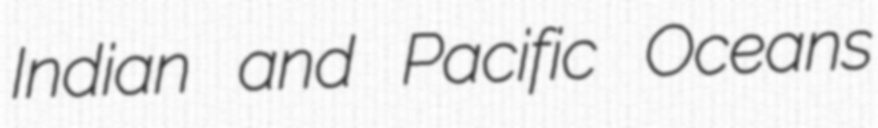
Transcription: Indian and Pacific Oceans